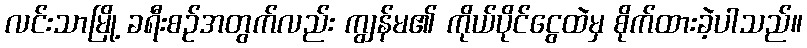
လင်းသာမြို့ ခရီးစဉ်အတွက်လည်း ကျွန်မ၏ ကိုယ်ပိုင်ငွေထဲမှ စိုက်ထားခဲ့ပါသည်။